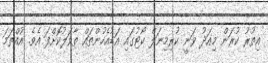
އިތުރު ކުރަން މިއަދު ވަނީ ކުރިމިނަލް ކޯޓުގައި އަޑުއެހުންތައް ތާވަލުކޮށްފަ އެވެ. އުއްތަމަ